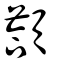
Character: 頜